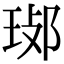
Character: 𤥸